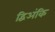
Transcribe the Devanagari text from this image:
द्विअंकि